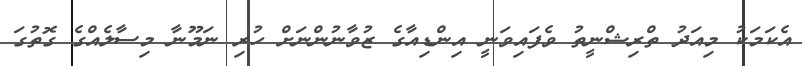
އެކަމަކު މިއަދު ތްރިޝްނީތު ވެފައިވަނީ އިންޑިއާގެ ޒުވާނުންނަށް ހުރި ނަމޫނާ މިސާލެއްގެ ގޮޮތުގަ